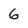
Character: 6